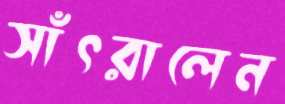
সাঁৎরালেন